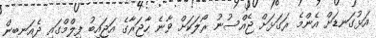
އަޅުގަނޑަށް އެންމެ ރަގަޅަށް ޖެއްސުނު ރޯލަކަށް ވާނެ ހާޖަރާގެ އަޖައިބު ފިލްމްގައި ދެއަނބިން